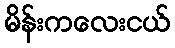
မိန်းကလေးငယ်